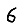
Digit: 6